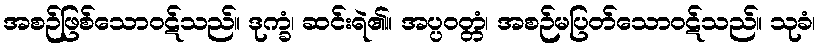
အစဉ်ဖြစ်သောဝဋ်သည်။ ဒုက္ခံ၊ ဆင်းရဲ၏။ အပ္ပဝတ္တံ၊ အစဉ်မပြတ်သောဝဋ်သည်။ သုခံ၊